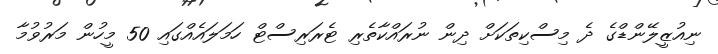
ނިއުޒީލޭންޑްގެ ދެ މިސްކިތަކަށް ދިން ނުރައްކާތެރި ޓެރަރިސްޓް ހަމަލައެއްގައި 50 މީހުން މަރުވުމާ